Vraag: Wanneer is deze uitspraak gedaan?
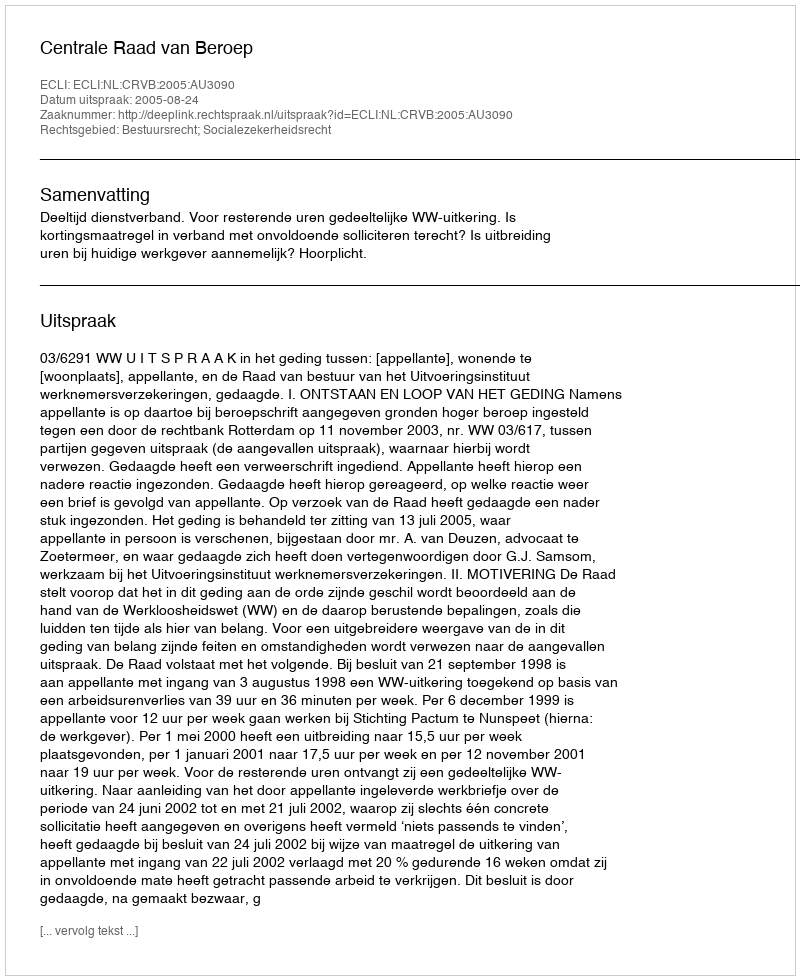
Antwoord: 2005-08-24